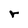
Character: r